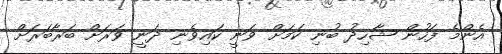
އެންމެ ފަހުން ޝާހިދު ބުނި ކަމަށް ވަނީ ކައިވެނި ދަނީ ވަރަށް ބަރާބަރަށް